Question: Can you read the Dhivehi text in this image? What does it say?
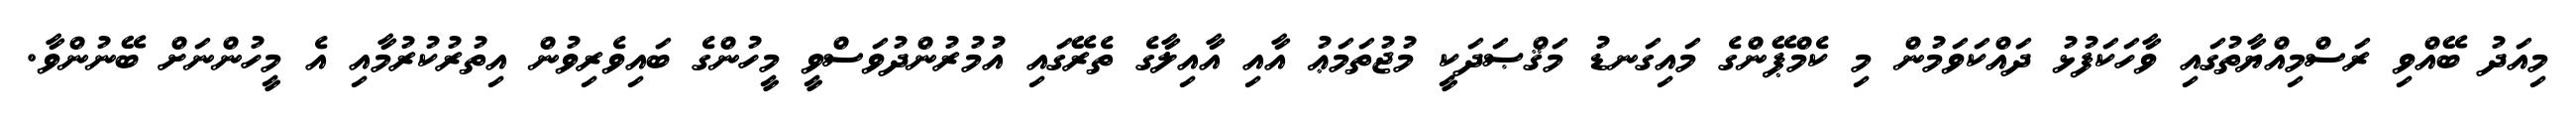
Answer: މިއަދު ބޭއްވި ރަސްމިއްޔާތުގައި ވާހަކަފުޅު ދައްކަވަމުން މި ކެމްޕޭންގެ މައިގަނޑު މަޤްޞަދަކީ މުޖުތަމަޢު އާއި އާއިލާގެ ތެރޭގައި އުމުރުންދުވަސްވީ މީހުންގެ ބައިވެރިވުން އިތުރުކުރުމާއި އެ މީހުންނަށް ބޭނުންވާ.